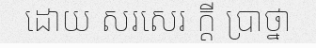
ដោយ សរសេរ ក្តី ប្រាថ្នា